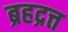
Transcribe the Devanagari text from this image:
ब्रहद्रत्त